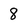
Character: 8